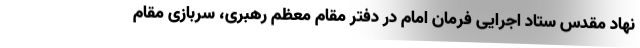
نهاد مقدس ستاد اجرایی فرمان امام در دفتر مقام معظم رهبری، سربازی مقام